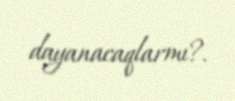
dayanacaqlarmı?.